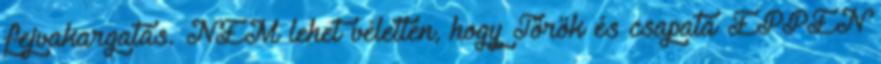
fejvakargatás. NEM lehet véletlen, hogy Török és csapata ÉPPEN